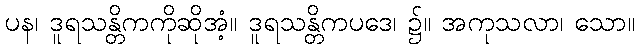
ပန၊ ဒူရသန္တိကကိုဆိုအံ့။ ဒူရသန္တိကပဒေ၊ ၌။ အကုသလာ၊ သော။